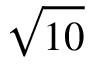
\sqrt { 1 0 }